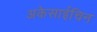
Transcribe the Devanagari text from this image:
अकेसाईचिन